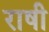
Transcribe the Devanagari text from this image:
राषी